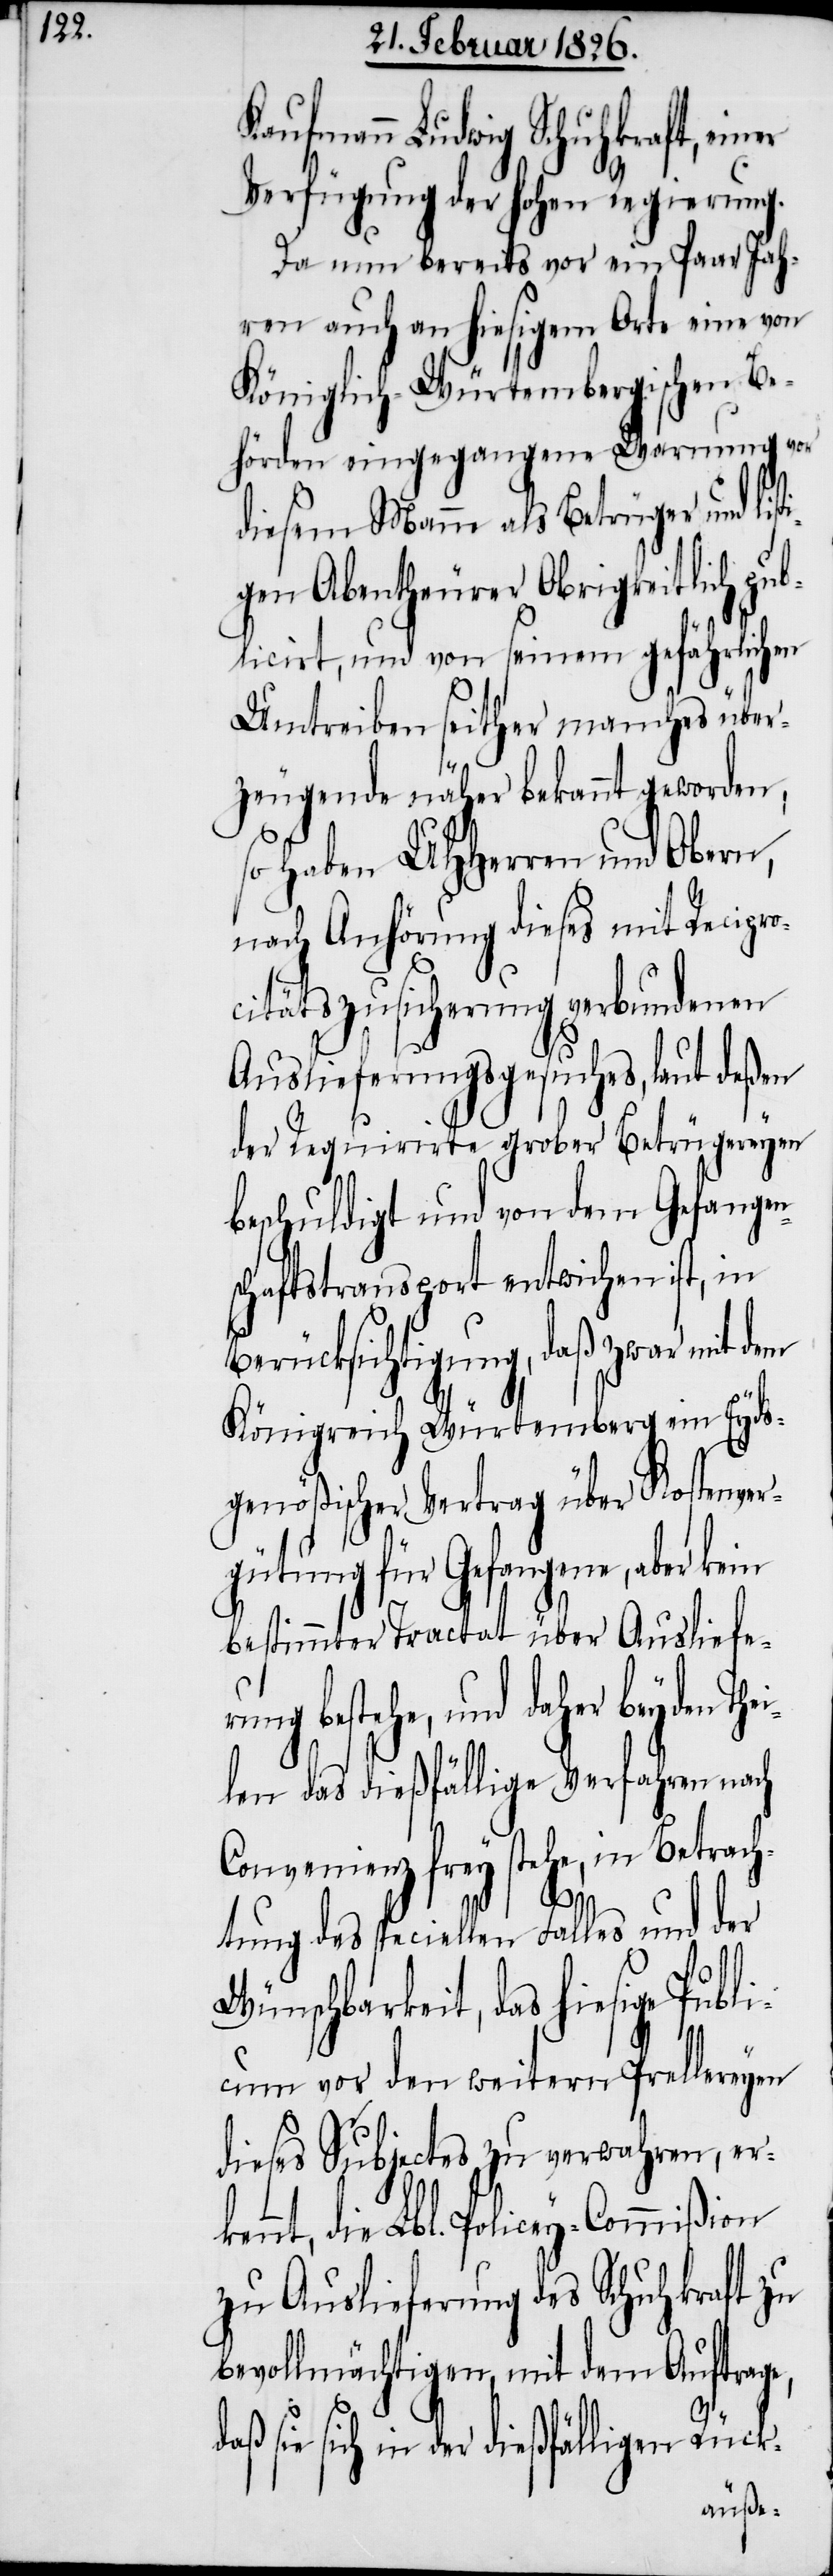
Kaufmann Ludwig Schuhkraft, einer
Verfügung der hohen Regierung.
Da nun bereits vor ein Paar Jah¬
ren auch an hiesigem Orte eine von
Königlich-Würtembergischen Be¬
hörden eingegangene Warnung vor
diesem Manne als Betrüger und li¬
gen Abentheurer Obrigkeitlich pub¬
licirt, und von seinem gefährlichen
Umtreiben seither manches über¬
zeugende näher bekannt geworden;
haben UHHerren und Obern,
nach Anhörung dieses mit Recipro¬
citätszusicherung verbundenen
Auslieferungsgesuches, laut deßen
der Requirirte grober Betrügereyen
beschuldigt und von dem Gefangen¬
schaftstransport entwichen ist, in
Berücksichtigung, daß zwar mit dem
Königreich Würtemberg ein Eyds¬
genößischer Vertrag über Kostenver¬
gütung für Gefangene, aber kein
bestimmter Tractat über Ausliefer¬
ung bestehe, und daher beyden T¬
len das dießfällige Verfahren nach
Convenienz frey stehe, in Betrach¬
tung des speciellen Falles und der
Wünschbarkeit, das hiesige Publ¬
icum vor den weitern Prellereyen
dieses Subjectes zu verwahren, erke¬
die Lbl. Policey-Commißion
zu Auslieferung des Schuhkraft zu
bevollmächtigen, mit dem Auftrage,
nnt,
daß sie sich in der dießfälligen Rück-